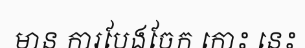
មាន ការបែងចែក កោះ នេះ